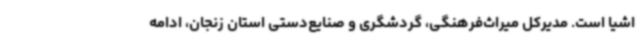
اشیا است. مدیرکل میراث‌فرهنگی، گردشگری و صنایع‌دستی استان زنجان، ادامه